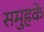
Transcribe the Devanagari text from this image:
समुहके